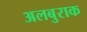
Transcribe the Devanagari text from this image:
अलबुराक